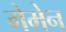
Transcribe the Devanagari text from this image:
गेमेन